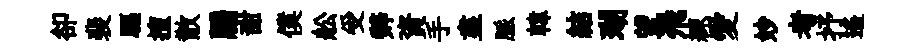
卻裴驅擅散牖甜僕舩受辤資手盡脈韓結瑚望飛練愛妙考抒遙